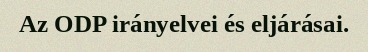
Az ODP irányelvei és eljárásai.